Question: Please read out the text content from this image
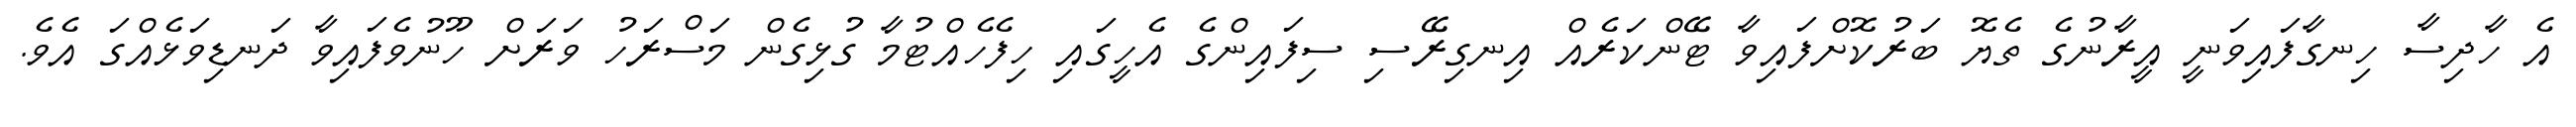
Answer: އެ ހާދިސާ ހިނގާފައިވަނީ އީރާނުގެ ތެޔޮ ބަރުކޮށްފައިވާ ޓޭންކަރެއް އިނގިރޭސި ސިފައިންގެ އެހީގައި ހިފެހެއްޓުމާ ގުޅިގެން މަސްރަހު ވަރަށް ހޫނުވެފައިވާ ދަނޑިވަޅެއްގަ އެވެ.